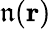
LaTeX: \mathfrak{n}(\textbf{{r}})